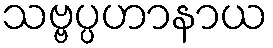
သဗ္ဗပ္ပဟာနာယ